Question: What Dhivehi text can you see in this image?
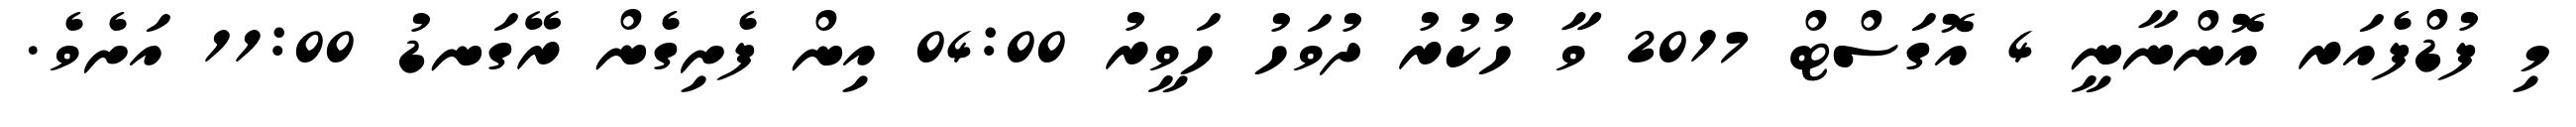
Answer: މި ފުޑްފެއަރ އޮންނާނީ 4 އޮގަސްޓް 2017 ވާ ހުކުރު ދުވަހު ހަވީރު 04:00 އިން ފެށިގެން ރޭގަނޑު 11:00 އަށެވެ.